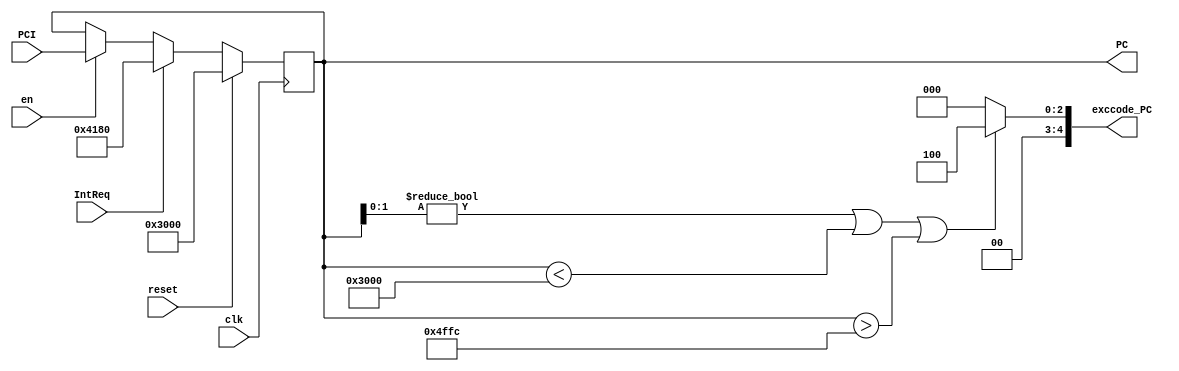
`timescale 1ns / 1ps
//////////////////////////////////////////////////////////////////////////////////
// Company: 
// Engineer: 
// 
// Design Name: 
// Module Name:    PC 
// Project Name: 
// Target Devices: 
// Tool versions: 
// Description: 
//
// Dependencies: 
//
// Revision: 
// Revision 0.01 - File Created
// Additional Comments: 
//
//////////////////////////////////////////////////////////////////////////////////
module PC(
	input clk,
	input reset,
	input en,
	input IntReq,
    input [31:0] PCI,
    output reg [31:0] PC,
	output [4:0] exccode_PC
    );
	
	initial begin
		PC = 32'h00003000;
	end
	
	assign exccode_PC = ((PC[1:0]!=2'b00)||(PC<32'h00003000)||(PC>32'h00004ffc)) ? 5'b00100 : 5'b00000;
	
	always @(posedge clk) begin
		if (reset ==1) begin
			PC <= 32'h00003000;
		end
		else if (IntReq) begin
			PC <= 32'h00004180;
		end
		else if (en==1) begin
			PC <= PCI;
		end
	end

endmodule